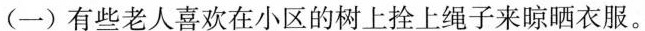
(一)有些老人喜欢在小区的树上拴上绳子来晾晒衣服。